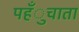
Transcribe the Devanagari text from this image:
पहँुचाता